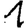
Digit: 1